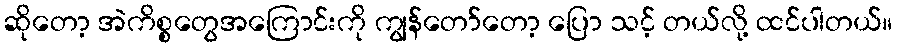
ဆိုတော့ အဲကိစ္စတွေအကြောင်းကို ကျွန်တော်တော့ ပြော သင့် တယ်လို့ ထင်ပါတယ်။